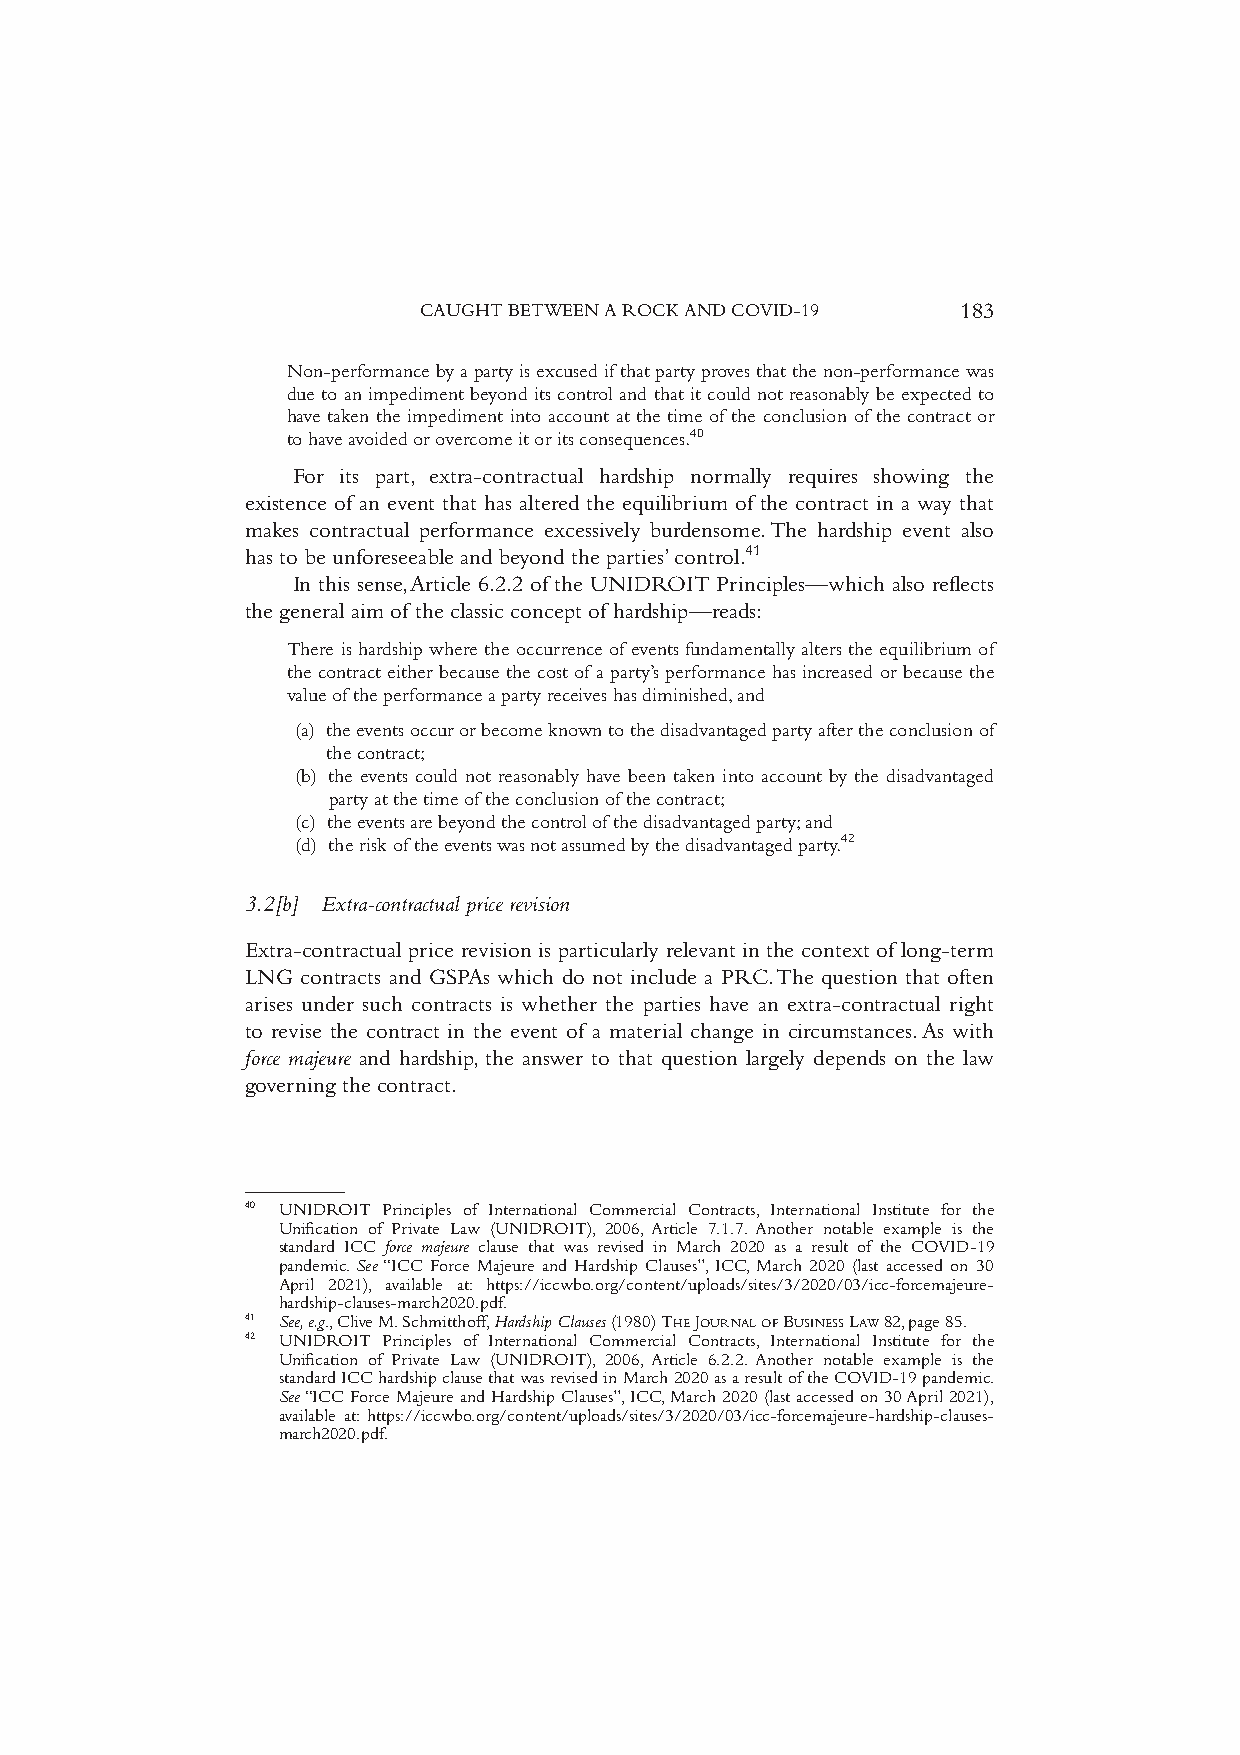
CAUGHTBETWEENAROCKANDCOVID-19       183
 Non-performancebyapartyisexcusedifthatpartyprovesthatthenon-performancewas
 due to an impediment beyond its control and that it could not reasonably be expected to
 have taken the impediment into account at the time of the conclusion of the contract or
 tohaveavoidedorovercomeitoritsconsequences.40
 For its part, extra-contractual hardship normally requires showing the
 existence of an event that has altered the equilibrium of the contract in a way that
 makes contractual performance excessively burdensome.The hardship event also
 has to be unforeseeable and beyond the parties’control.41
 In this sense,Article 6.2.2 of the UNIDROIT Principles—which also reflects
 the general aim of the classic concept of hardship—reads:
 There is hardship where the occurrence of events fundamentally alters the equilibrium of
 the contract either because the cost of a party’s performance has increased or because the
 valueoftheperformanceapartyreceiveshasdiminished,and
 (a) theeventsoccurorbecomeknowntothedisadvantagedpartyaftertheconclusionof
 thecontract;
 (b) the events could not reasonably have been taken into account by the disadvantaged
 partyatthetimeoftheconclusionofthecontract;
 (c) theeventsarebeyondthecontrolofthedisadvantagedparty;and
 (d) theriskoftheeventswasnotassumedbythedisadvantagedparty.42
 3.2[b] Extra-contractual price revision
 Extra-contractual price revision is particularly relevant in the context of long-term
 LNG contracts and GSPAs which do not include a PRC.The question that often
 arises under such contracts is whether the parties have an extra-contractual right
 to revise the contract in the event of a material change in circumstances.As with
 force majeure and hardship,the answer to that question largely depends on the law
 governing the contract.
 40 UNIDROIT Principles of International Commercial Contracts, International Institute for the
 Unification of Private Law (UNIDROIT), 2006, Article 7.1.7. Another notable example is the
 standard ICC force majeure clause that was revised in March 2020 as a result of the COVID-19
 pandemic.See“ICC Force Majeure and Hardship Clauses”,ICC,March 2020 (last accessed on 30
 April 2021), available at: https://iccwbo.org/content/uploads/sites/3/2020/03/icc-forcemajeure-
 hardship-clauses-march2020.pdf.
 41 See,e.g.,CliveM.Schmitthoff,HardshipClauses(1980)THEJOURNALOFBUSINESSLAW82,page85.
 42 UNIDROIT Principles of International Commercial Contracts, International Institute for the
 Unification of Private Law (UNIDROIT), 2006, Article 6.2.2. Another notable example is the
 standardICChardshipclausethatwasrevisedinMarch2020asaresultoftheCOVID-19pandemic.
 See“ICCForceMajeureandHardshipClauses”,ICC,March2020(lastaccessedon30April2021),
 available at:https://iccwbo.org/content/uploads/sites/3/2020/03/icc-forcemajeure-hardship-clauses-
 march2020.pdf.